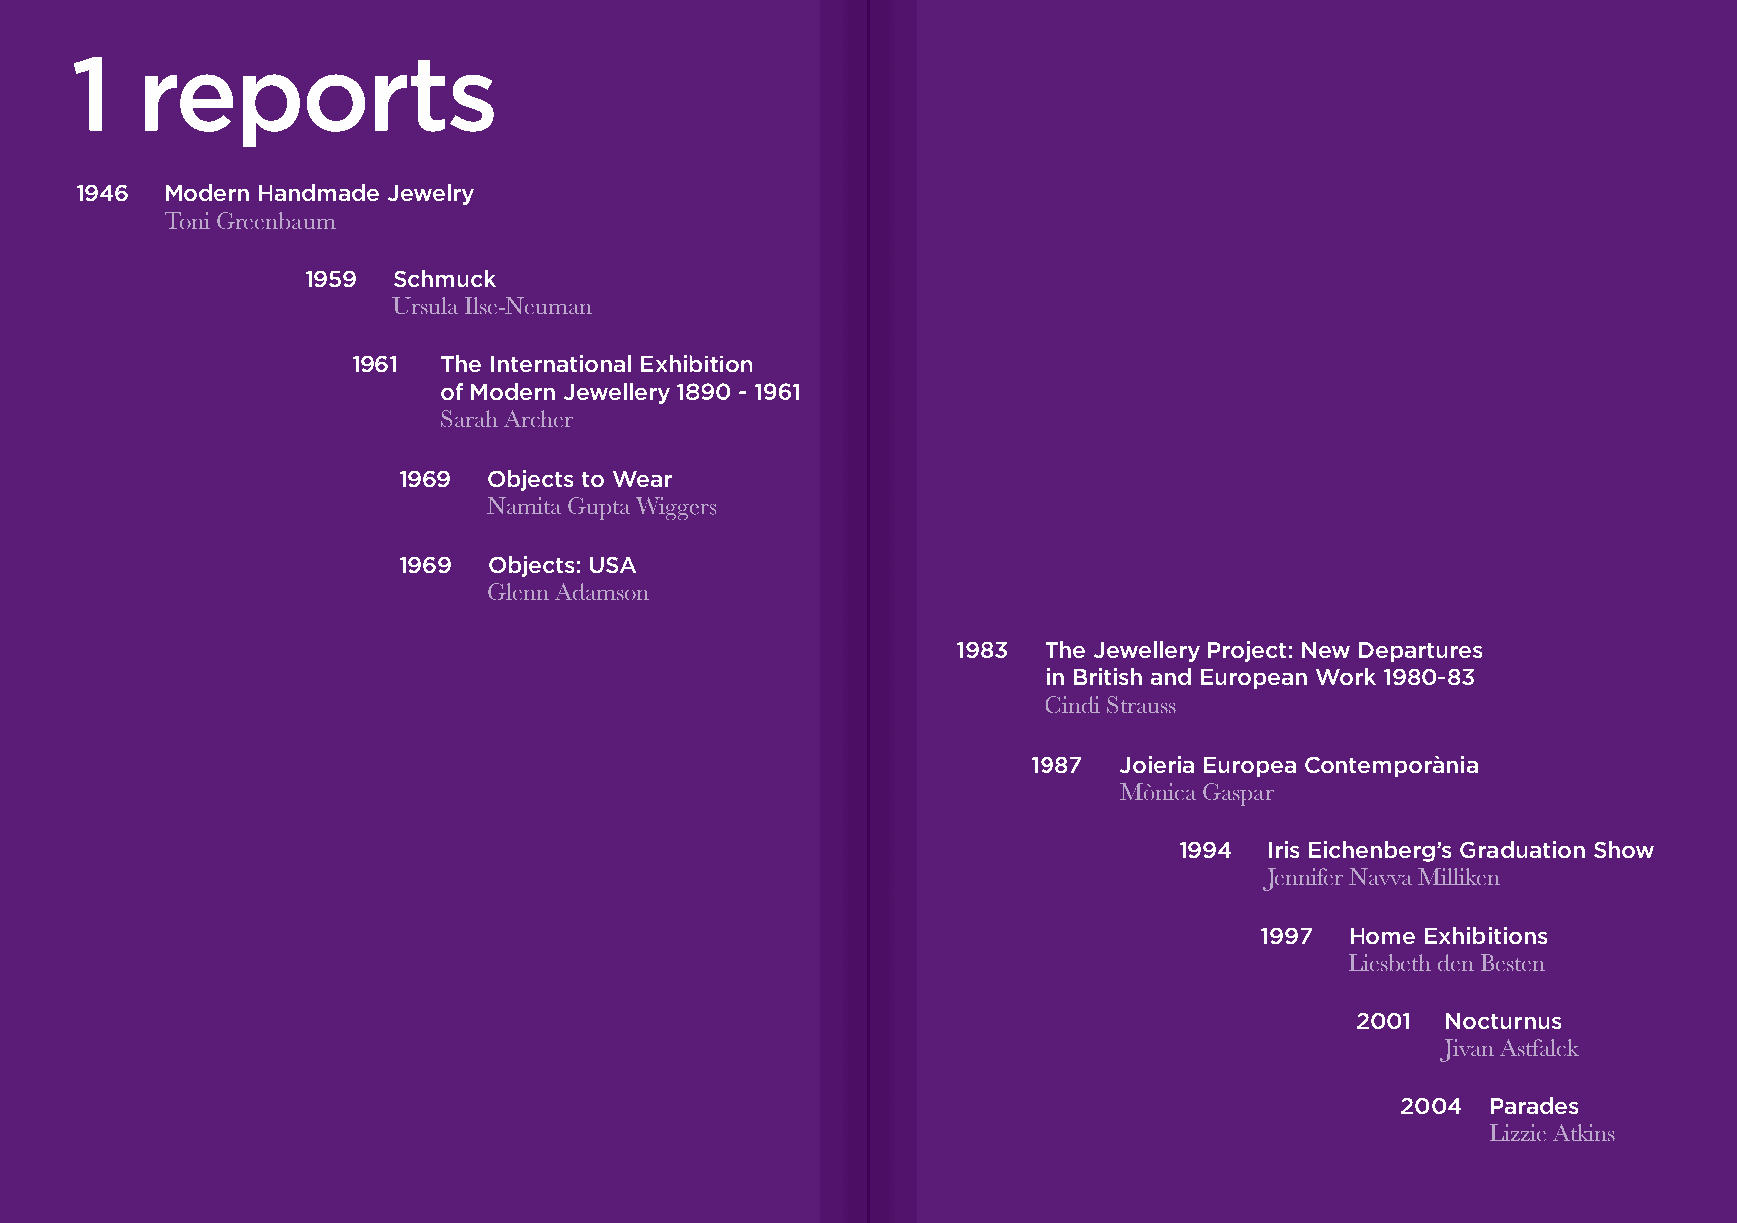
1   reports
 1946  Modern Handmade Jewelry
 Toni Greenbaum
 1959  Schmuck
 Ursula Ilse-Neuman
 11996611 TThhee IInntteerrnnaattiioonnaall EExxhhiibbiittiioonn
 ooff MMooddeerrnn JJeewweelllleerryy 11889900 -- 11996611
 Sarah Archer
 1969  Objects to Wear
 NNaammiittaa GGuuppttaa WWiiggggeerrss
 1969  Objects: USA
 Glenn Adamson
 11998833 TThhee JJeewweelllleerryy PPrroojjeecctt:: NNeeww DDeeppaarrttuurreess
 iinn BBrriittiisshh aanndd EEuurrooppeeaann WWoorrkk 11998800--8833
 CCiinnddii SSttrraauussss
 11998877 JJooiieerriiaa EEuurrooppeeaa CCoonntteemmppoorràànniiaa
 MMòònniiccaa GGaassppaarr
 1994  Iris Eichenberg’s Graduation Show
 Jennifer Navva Milliken
 1997  Home Exhibitions
 Liesbeth den Besten
 2001  Nocturnus
 Jivan Astfalck
 2004  Parades
 Lizzie Atkins